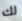
لك